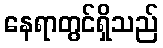
နေရာတွင်ရှိသည်